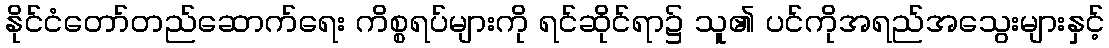
နိုင်ငံတော်တည်ဆောက်ရေး ကိစ္စရပ်များကို ရင်ဆိုင်ရာ၌ သူ၏ ပင်ကိုအရည်အသွေးများနှင့်